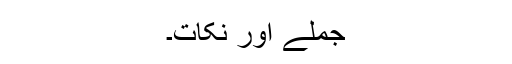
جملے اور نکات۔